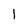
Character: 1